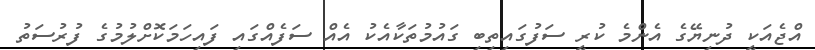
އްޖެއަކީ ދުނިޔޭގެ އެންމެ ކުރީ ސަފުގައިތިބި ގައުމުތަކާއެކު އެއް ސަފެއްގައި ފައިހަމަކޮށްލުމުގެ ފުރުސަތު